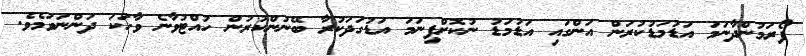
ފޯރަމުންދާނަމަ އަޑުމަޑުކުރަން އަންގައި އަޑުމަޑު ނުކޮށްފިނަމަ އަޑުގަދަކުރާ ބޭނުންކުރުން ހުއްޓުވާނެ ވާހަކަ ދަންނަވަމެވެ.